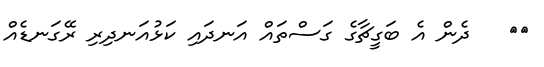
٢٠   ދެން އެ ބަގީޗާގެ ގަސްތައް އަނދައި ކަޅުއަނދިރި ރޭގަނޑެއް